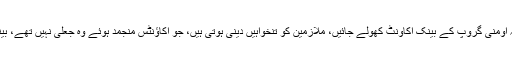
اومنی گروپ کے وکیل شاہد حامد نے عدالت سے استدعا کی کہ اومنی گروپ کے بینک اکاونٹ کھولے جائیں، ملازمین کو تنخواہیں دینی ہوتی ہیں، جو اکاؤنٹس منجمد ہوئے وہ جعلی نہیں تھے، بینک اکاؤنٹس منجمد کرنے سے معیشت اور ملک کا نقصان ہے۔